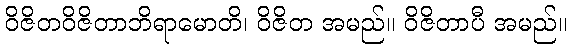
ဝိဇိတဝိဇိတာဘိရာမောတိ၊ ဝိဇိတ အမည်။ ဝိဇိတာပီ အမည်။